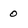
Character: 0